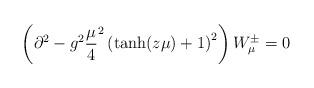
LaTeX: \begin{align*}\left (\partial^2 - g^2{\mu \over 4}^2 \left ({\rm tanh}(z\mu) + 1\right )^2\right )W_{\mu}^{\pm} = 0 \end{align*}